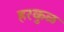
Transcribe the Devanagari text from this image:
हरकुळ